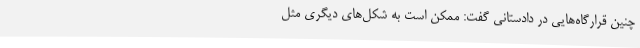
چنین قرارگاه‌هایی در دادستانی گفت: ممکن است به شکل‌های دیگری مثل